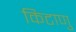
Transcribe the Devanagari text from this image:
किटाणु